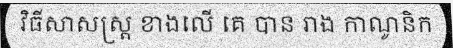
វិធីសាសស្ត្រ ខាងលើ គេ បាន រាង កាណូនិក